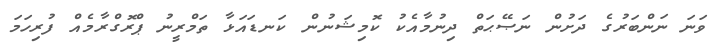
ވަނަ ނަންބަރުގެ ދަށުން ނަޞޭޙަތް ދިނުމާއެކު ކޮމިޝަނުން ކަނޑައަޅާ ތަމްރީނު ޕްރޮގްރާމެއް ފުރިހަމަ